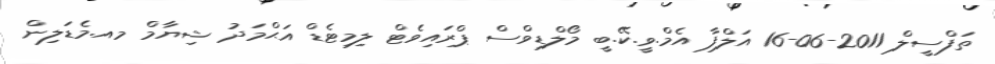
ތަފްސީލް 2011-06-16 އަލްފާ އެމް.ވީ.ކޭ.ބީ މޯލްޑިވްސް ޕްރައިވެޓް ލިމިޓެޑް އަޙްމަދު ޝިޔާމް މއ.މެޑަލިން